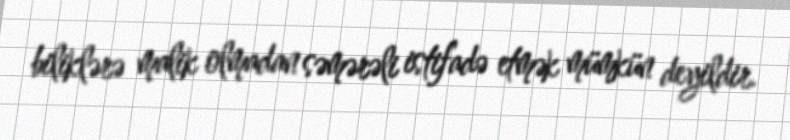
biliklərə malik olmadan səmərəli istifadə etmək mümkün deyildir.